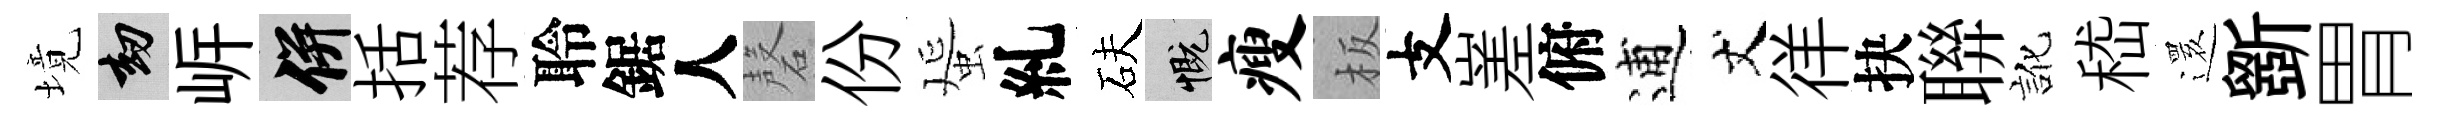
境劫㟁并括荐聆鋸人磬份蜑糺砆慨瘦板支嵳俯逋丈徉抉聨訛嵇𮟃斵胃